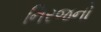
નિરજનો